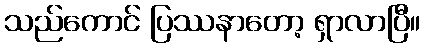
သည်ကောင် ပြဿနာတော့ ရှာလာပြီ။